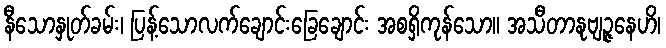
နီသောနှုတ်ခမ်း၊ ပြန့်သောလက်ချောင်းခြေချောင်း အစရှိကုန်သော။ အသီတာနုဗျဉ္ဇနေဟိ၊